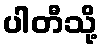
ပါတီသို့